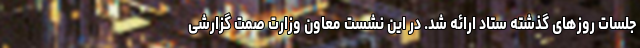
جلسات روزهای گذشته ستاد ارائه شد. در این نشست معاون وزارت صمت گزارشی